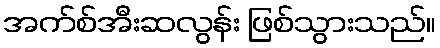
အက်စ်အီးဆလွန်း ဖြစ်သွားသည်။